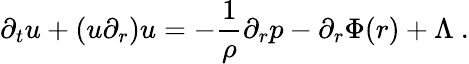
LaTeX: \partial_{t}u+(u\partial_{r})u=-\frac{1}{\rho}\partial_{r}p-\partial_{r}\Phi(r)+\Lambda\ .